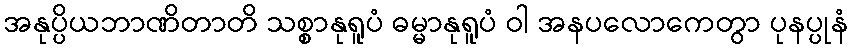
အနုပ္ပိယဘာဏိတာတိ သစ္စာနုရူပံ ဓမ္မာနုရူပံ ဝါ အနပလောကေတွာ ပုနပ္ပုနံ